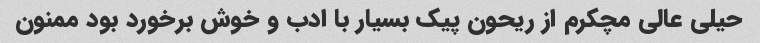
حیلی عالی مچکرم از ریحون پیک بسیار با ادب و خوش برخورد بود ممنون